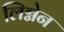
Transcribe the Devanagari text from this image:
लिग्नेन